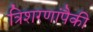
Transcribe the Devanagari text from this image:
त्रिशरणांपैकी